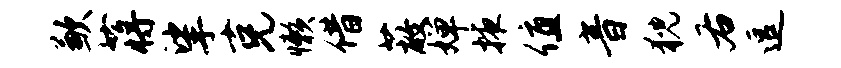
歉蒋挲克懒借蔽婵掖值音猊右逗